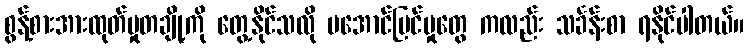
စွန့်စားအားထုတ်မှုတချို့ကို တွေ့နိုင်သလို မအောင်မြင်မှုတွေ ကလည်း သင်္ခန်းစာ ရနိုင်ပါတယ်။